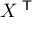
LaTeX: X ^ { \textsf { T } }